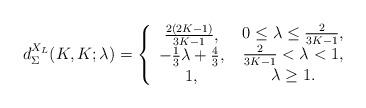
LaTeX: \begin{align*}d_\Sigma ^{{X_L}}(K,K;\lambda ) = \left\{ {\begin{array}{*{20}{c}}{{\textstyle{{2(2K - 1)} \over {3K - 1}}},}\\{ - {\textstyle{1 \over 3}}\lambda + {\textstyle{4 \over 3}},}\\{1,}\end{array}} \right.\begin{array}{*{20}{c}}{0 \le \lambda \le {\textstyle{2 \over {3K - 1}}},}\\{{\textstyle{2 \over {3K - 1}}} < \lambda < 1,}\\{\lambda \ge 1.}\end{array}\end{align*}